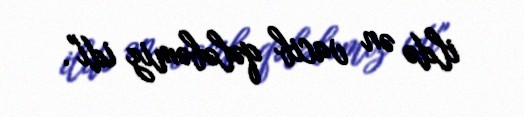
ildə ən vacib qələbəmiz idi".